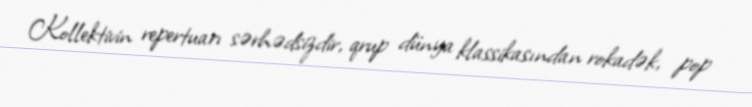
Kollektivin repertuarı sərhədsizdir, qrup dünya klassikasından rokadək, pop